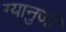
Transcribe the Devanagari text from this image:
ग्यानुजी